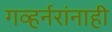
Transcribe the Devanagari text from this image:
गव्हर्नरांनाही